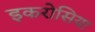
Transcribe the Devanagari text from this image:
इकरोसिया